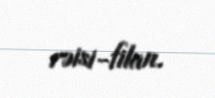
rəisi-filan.